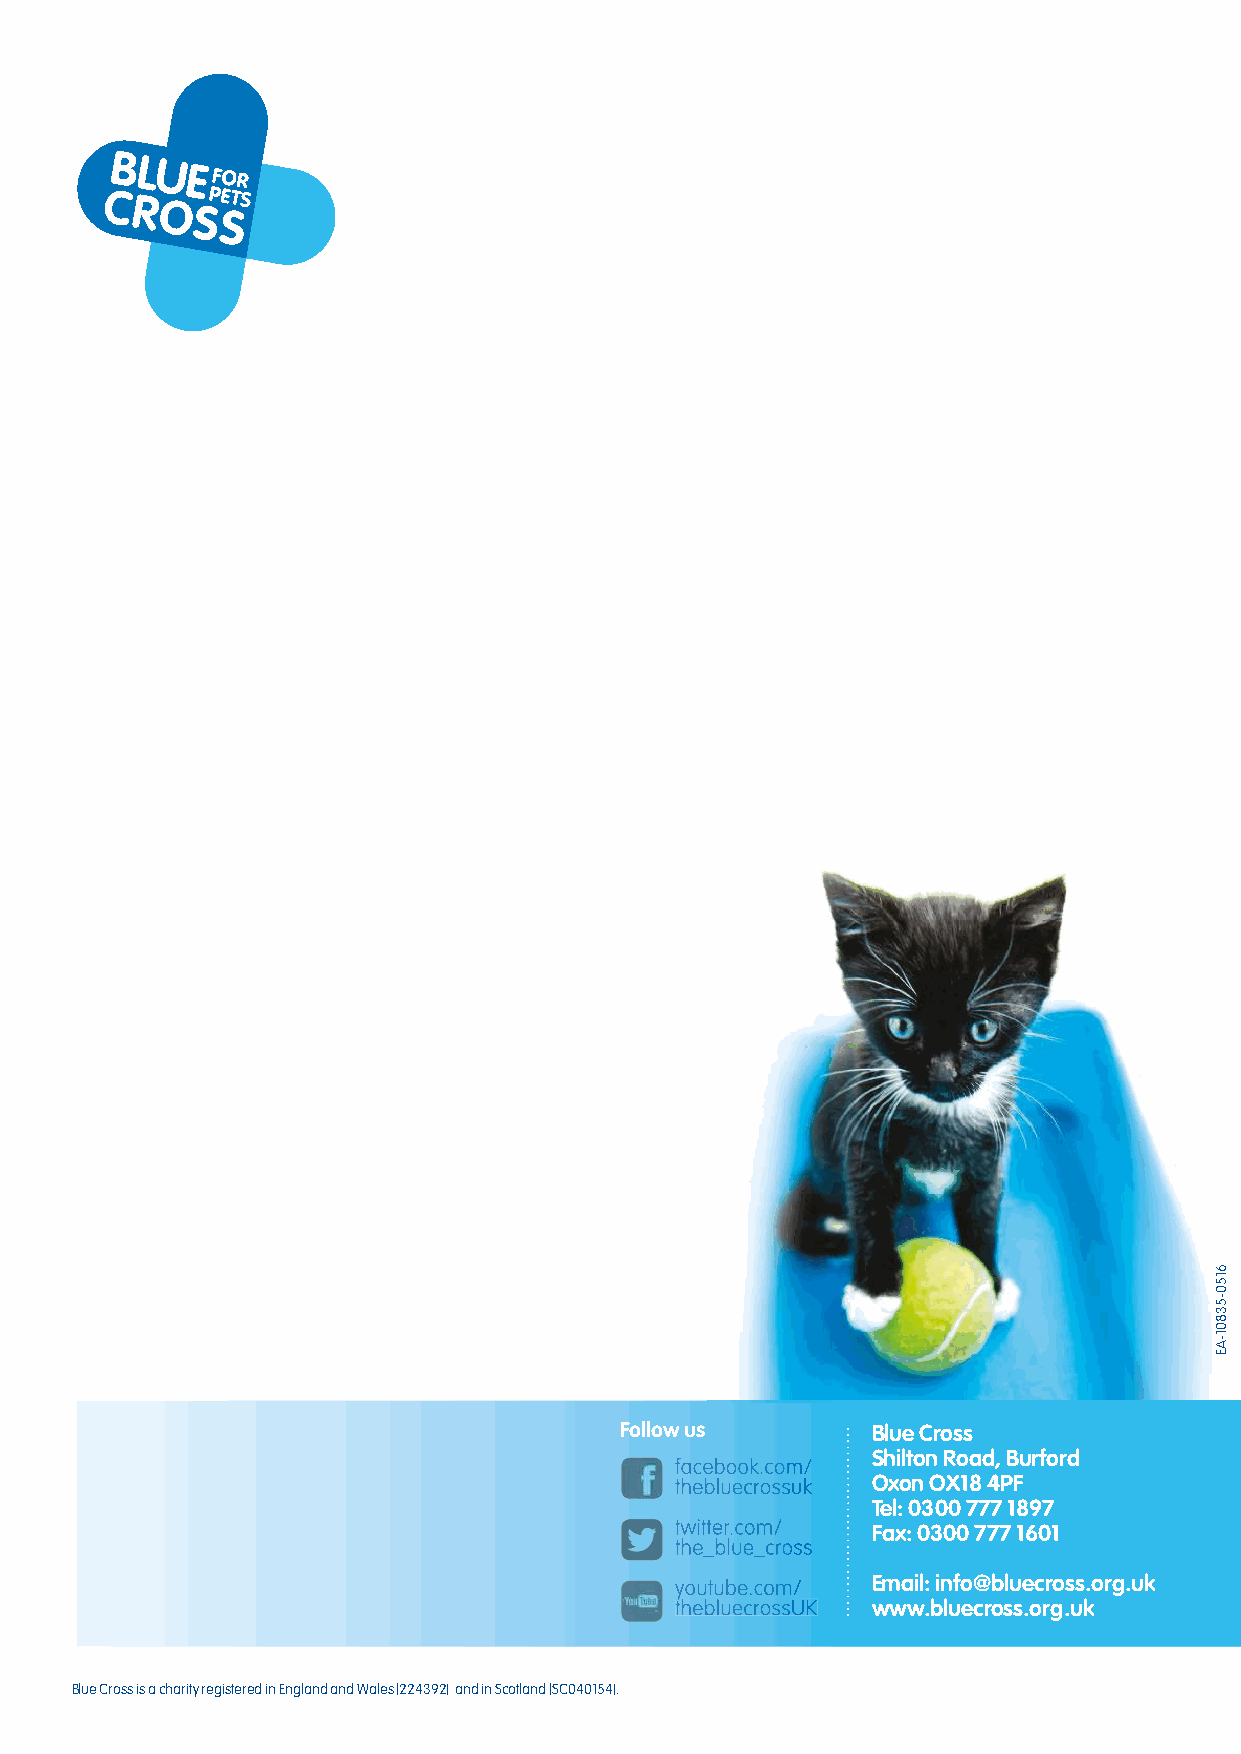
Follow us        Blue Cross
 Shilton Road, Burford
 facebook.com/
 thebluecrossuk Oxon OX18 4PF
 Tel: 0300 777 1897
 twitter.com/ Fax: 0300 777 1601
 the_blue_cross
 yyyooouuutttuuubbbeee...cccooommm/// Email: info@bluecross.org.uk
 tthheebblluueeccrroossssUUKK www.bluecross.org.uk
 Blue Cross is a charity registered in England and Wales (224392) and in Scotland (SC040154).
 6150-53801-AE